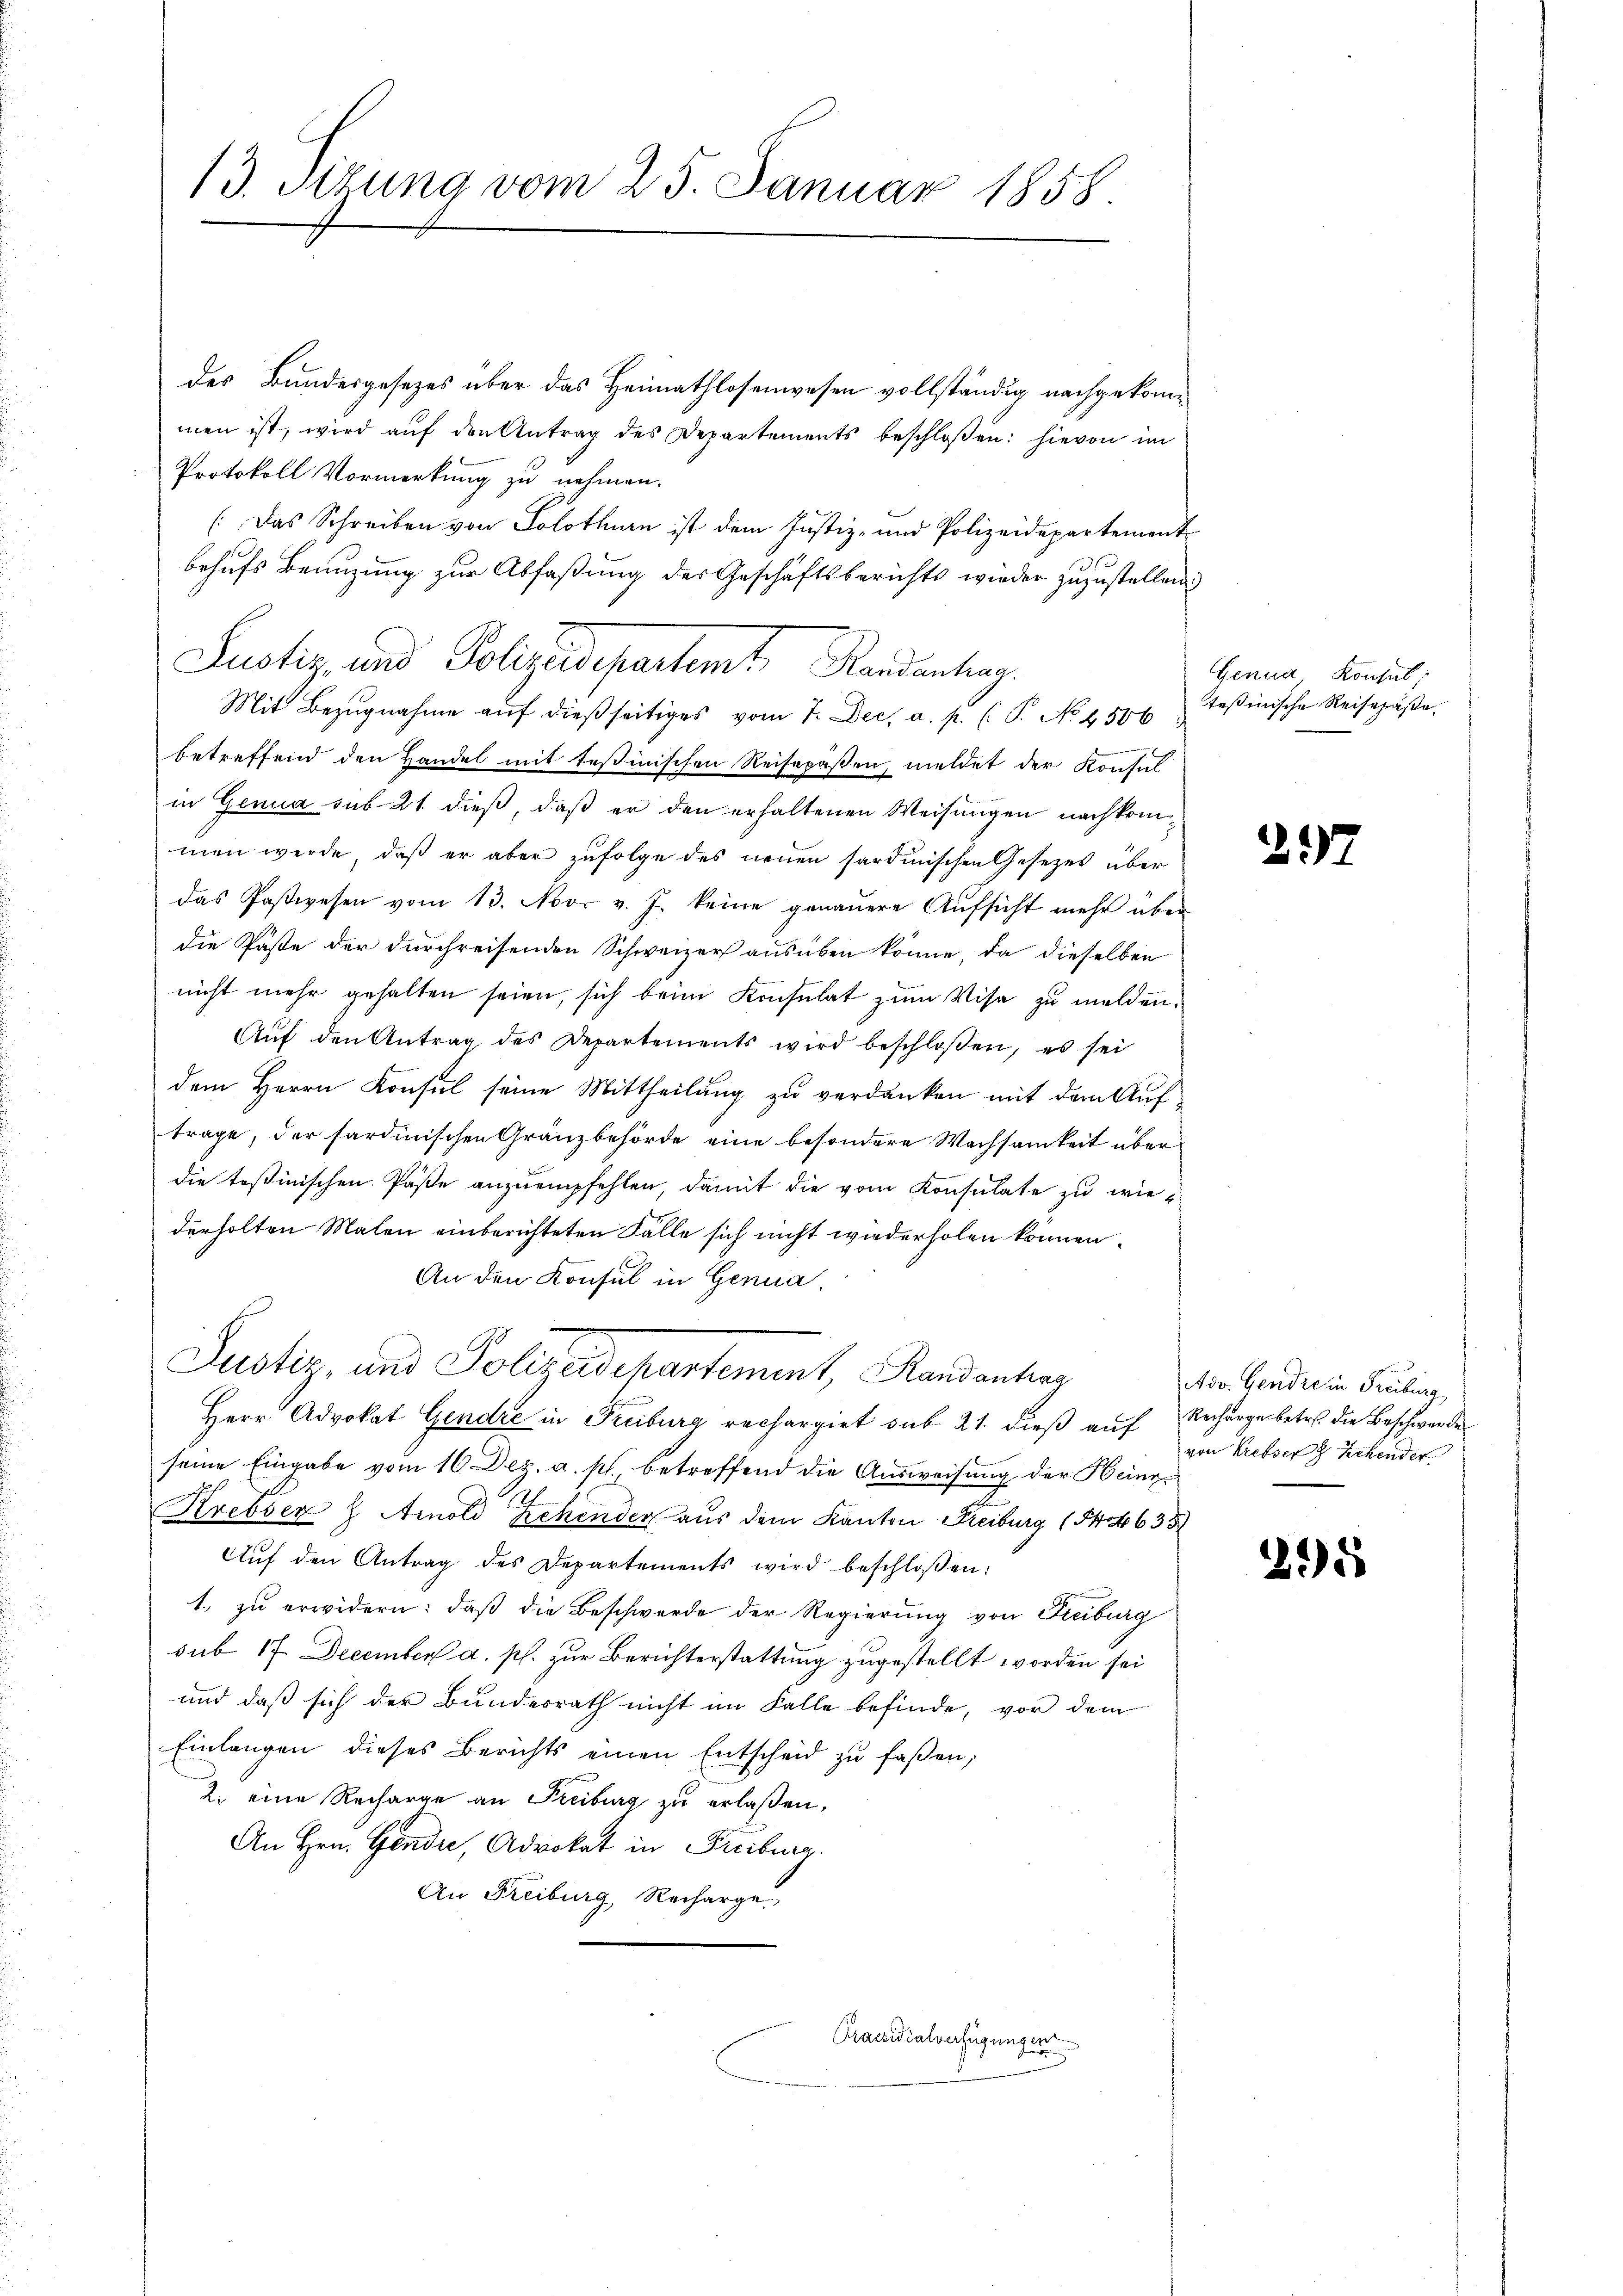
des Bundesgesezes über das Heimathlosenwesen vollständig nachgekommen ist, wird auf den Antrag des Departements beschloßen: hievon im
Protokoll Vormerkung zu nehmen.
(Das Schreiben von Solothurn ist dem Justiz- und Polizeidepartement
behufs Benuzung zur Abfaßung des Geschäftsberichts wieder zuzustellen.)
Justiz- und Polizeidepartemt, Randantag.
Mit Bezugnahme auf dießseitiges vom 7. Dec. a. p. P. No. 4506

betreffend den Handel mit Teßinischen Reisepäßen, meldet der Konsul
in Genua sub 21. dieß, daß er den erhaltenen Weisungen nachkommen werde, daß er aber zufolge des neuen sardinischen Gesetzes über
das Postwesen vom 13. Nor v. J. keine genaŭere Aŭfsicht mehr über
die Päste der durchreisenden Schweizer ausüben könne, da dieselben
nicht mehr gehalten seien, sich beim Konsulat zum Visa zu melden.
Auf den Antrag des Departements wird beschloßen, es sei
dem Herrn Konsul seine Mittheilung zu verdanken mit dem Auftrage, der sardinischen Gränzbehörde eine besondere Wachsamkeit über
die testinischen Päste anzuempfehlen, damit die vom Konsulate zu wiederholten Malen einberichteten Falle sich nicht wiederholen können.
An den Konsul in Genua,
Justiz, und Polczadepartement, Randantrag
Herr Advokat Gendre in Freiburg rechargirt sub 21. dieß auf Recharge betr. die Beschwerde
seine Eingabe vom 16. Dez. a. s. betreffend die Ausweisung der Heine
Krebser h. Arnold Zehender aus dem Kanton Freiburg (S. 4635
Aŭf den Antrag des Departements wird beschloßen:
1. zu erwidern: daß die Beschwerde der Regierung von Freiburg
sub 17. December a. p. zur Berichterstattung zugestellt worden sei
und daß sich der Bundesrath nicht im Falle befinde, vor dem
Einlangen dieses Berichts einen Entscheid zu faßen,
2. eine Recharge an Freiburg zu erlaßen,
An Hrn. Gendi, Advokat in Freiburg.
An Freiburg Recharge.

13. Sizung vom 25. Januar 1858.

Praesidialverfügungen

Genua, Konsul
teßinische Reisepäße.

29

n
Nov. Gendre in Freiburg,
von Krebser Zehender

295